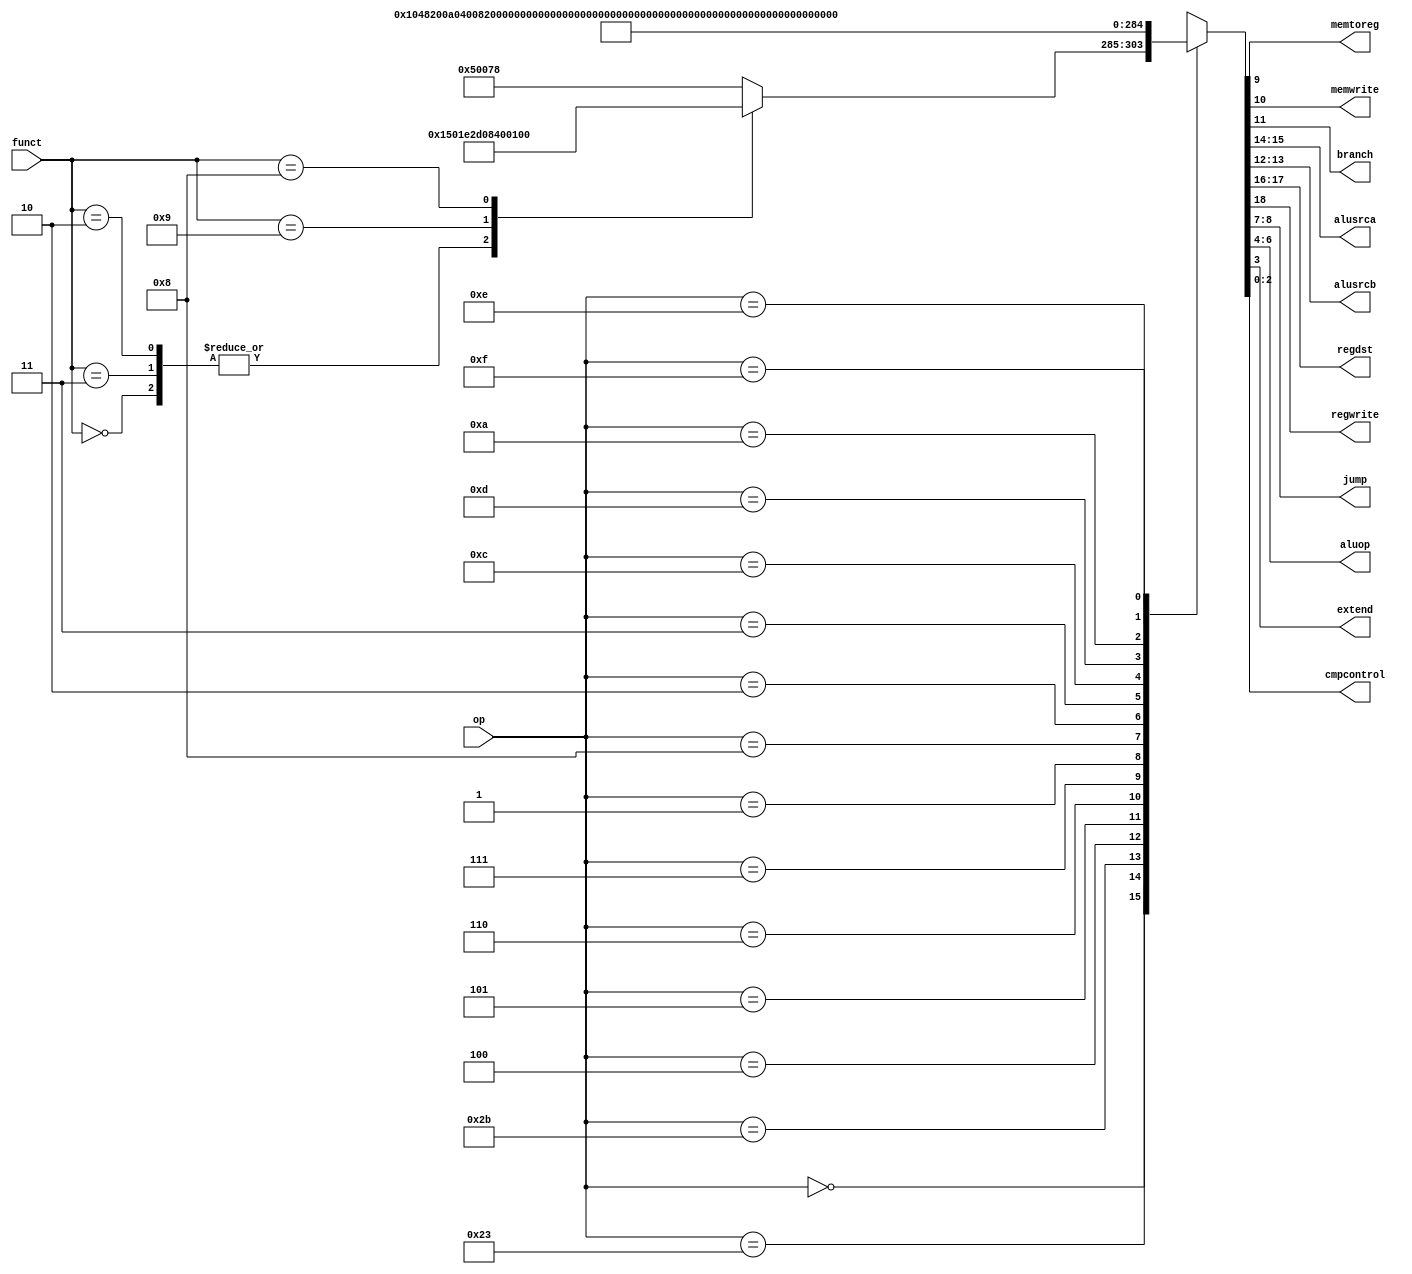
`timescale 1ns / 1ps
//////////////////////////////////////////////////////////////////////////////////
// Company: 
// Engineer: 
// 
// Design Name: 
// Module Name: maindec
// Project Name: 
// Target Devices: 
// Tool Versions: 
// Description: 
// 
// Dependencies: 
// 
// Revision:
// Revision 0.01 - File Created
// Additional Comments:
// 
//////////////////////////////////////////////////////////////////////////////////


module maindec(
    input [5:0] op,
    output memtoreg,memwrite,
    output branch,
    output [1:0] alusrca,alusrcb,
    output [1:0] regdst,
    output regwrite,
    output [1:0] jump,
    output [2:0] aluop,
    output extend,
    input [5:0] funct,
    output [2:0] cmpcontrol
    );
    
    reg [18:0] controls;
    
    assign {regwrite,regdst,alusrca,alusrcb,
            branch,memwrite,memtoreg,
            jump,aluop,extend,cmpcontrol}=controls;
            
    always@(*)
    case(op)
    6'b000000://Rtype:
        case(funct)
        //sll,srl,sra
        6'b000000:controls<=19'b1010100000001111000;
        6'b000011:controls<=19'b1010100000001111000;
        6'b000010:controls<=19'b1010100000001111000;
        //jalr
        6'b001001:controls<=19'b1011010000100001000;
        //jr
        6'b001000:controls<=19'b0000000000100001000;
        //and,or,add,sub,slt,xor,nor
        default:  controls<=19'b1010000000001111000;
        endcase
    6'b100011:    controls<=19'b1000001001000001000;//LW
    6'b101011:    controls<=19'b0000001010000001000;//SW
    
    6'b000100:    controls<=19'b0000000100000011000;//BEQ
    6'b000101:    controls<=19'b0000000100000011001;//BNE
    6'b000110:    controls<=19'b0000000100000011010;//BLEZ
    6'b000111:    controls<=19'b0000000100000011011;//BGTZ
    6'b000001:    controls<=19'b0000000100000011100;//BGEZ,BLTZ
    
    6'b001000:    controls<=19'b1000001000000001000;//ADDI
    6'b000010:    controls<=19'b0000000000010001000;//J
    6'b000011:    controls<=19'b1101010000010001000;//JAL
    6'b001100:    controls<=19'b1000001000000100000;//ANDI
    6'b001101:    controls<=19'b1000001000000110000;//ORI
    6'b001010:    controls<=19'b1000001000001000000;//SLTI
    6'b001110:    controls<=19'b1000001000001010000;//XORI
    6'b001111:    controls<=19'b1001101000001100000;//LUI
    default:      controls<=19'bxxxxxxxxxxxxxxxxxxx;//???
    endcase
    
endmodule